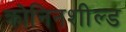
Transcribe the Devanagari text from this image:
क्रोनिनशील्ड